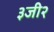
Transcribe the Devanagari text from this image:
३जी२